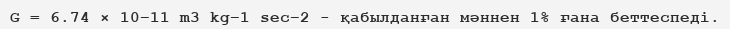
G = 6.74 × 10−11 m3 kg−1 sec−2 - қабылданған мәннен 1% ғана беттеспедi.